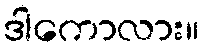
ဒါကောလား။